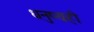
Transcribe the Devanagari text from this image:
धनुष्यही